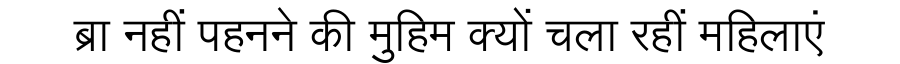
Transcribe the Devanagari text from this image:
ब्रा नहीं पहनने की मुहिम क्यों चला रहीं महिलाएं